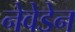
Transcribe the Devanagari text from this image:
नेवेडेन